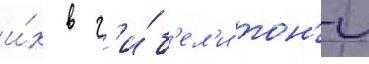
и́х в г'и́б'ел'и тон'и